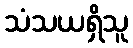
သံသယရှိသူ